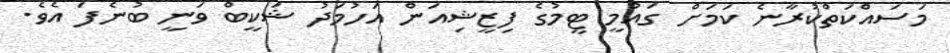
މަސައްކަތްކުރާނެ ކަމަށް ގައުމީ ޓީމުގެ ފިޒީޝިއަން އަހުމަދު ޝަކީބް ވަނީ ބުނެފަ އެވެ.